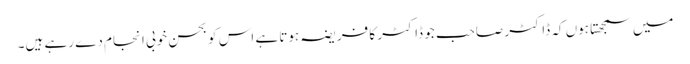
میں سمجھتا ہوں کہ ڈاکٹر صاحب جو ڈاکٹر کا فریضہ ہوتا ہے اس کو بحسن خوبی انجام دے رہے ہیں۔